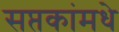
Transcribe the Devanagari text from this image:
सप्तकांमधे